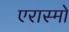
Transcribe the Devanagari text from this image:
एरास्मो